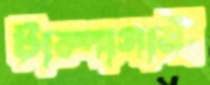
টাম্পাগামী